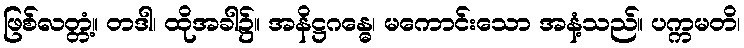
ဖြစ်လတ္တံ့။ တဒါ၊ ထိုအခါ၌။ အနိဋ္ဌဂန္ဓေ၊ မကောင်းသော အနံ့သည်။ ပက္ကမတိ၊